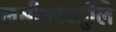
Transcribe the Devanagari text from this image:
लसीआवर्तुलि